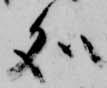
処